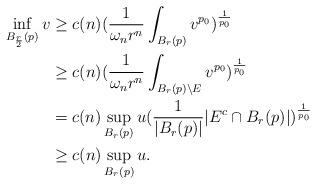
LaTeX: \begin{align*}\inf_{B_{\frac{r}{2}}(p)}v&\ge c(n)(\frac{1}{\omega_nr^n}\int_{B_r(p)}v^{p_0})^{\frac{1}{p_0}}\\&\ge c(n)(\frac{1}{\omega_nr^n}\int_{B_r(p)\backslash E}v^{p_0})^{\frac{1}{p_0}}\\&=c(n)\sup_{B_r(p)}u(\frac{1}{|B_r(p)|}|E^c\cap B_r(p)|)^{\frac{1}{p_0}}\\&\ge c(n)\sup_{B_r(p)}u.\end{align*}